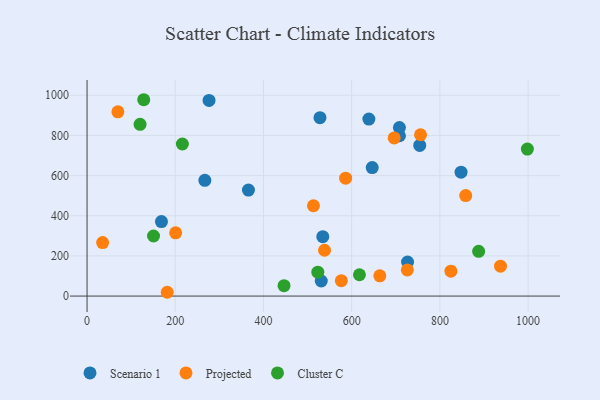
{"axis": {"x": "Distance", "y": "Exam Score"}, "legend": ["Cluster C", "Projected", "Scenario 1"], "data": [{"x": "639.0", "y": 881.3, "type": "Scenario 1"}, {"x": "168.7", "y": 370.9, "type": "Scenario 1"}, {"x": "708.4", "y": 798.6, "type": "Scenario 1"}, {"x": "726.7", "y": 169.7, "type": "Scenario 1"}, {"x": "708.3", "y": 839.5, "type": "Scenario 1"}, {"x": "848.0", "y": 617.1, "type": "Scenario 1"}, {"x": "754.3", "y": 750.5, "type": "Scenario 1"}, {"x": "646.6", "y": 640.2, "type": "Scenario 1"}, {"x": "531.1", "y": 75.0, "type": "Scenario 1"}, {"x": "365.9", "y": 528.1, "type": "Scenario 1"}, {"x": "276.6", "y": 974.4, "type": "Scenario 1"}, {"x": "528.1", "y": 888.6, "type": "Scenario 1"}, {"x": "534.5", "y": 295.6, "type": "Scenario 1"}, {"x": "267.1", "y": 576.6, "type": "Scenario 1"}, {"x": "663.8", "y": 101.0, "type": "Projected"}, {"x": "69.9", "y": 917.5, "type": "Projected"}, {"x": "538.5", "y": 228.3, "type": "Projected"}, {"x": "200.9", "y": 315.1, "type": "Projected"}, {"x": "696.4", "y": 787.4, "type": "Projected"}, {"x": "35.3", "y": 266.5, "type": "Projected"}, {"x": "825.0", "y": 123.9, "type": "Projected"}, {"x": "586.3", "y": 587.1, "type": "Projected"}, {"x": "756.1", "y": 803.5, "type": "Projected"}, {"x": "513.3", "y": 449.9, "type": "Projected"}, {"x": "726.2", "y": 130.3, "type": "Projected"}, {"x": "937.5", "y": 148.9, "type": "Projected"}, {"x": "858.6", "y": 500.5, "type": "Projected"}, {"x": "576.6", "y": 76.6, "type": "Projected"}, {"x": "181.8", "y": 18.9, "type": "Projected"}, {"x": "128.5", "y": 977.9, "type": "Cluster C"}, {"x": "150.7", "y": 299.3, "type": "Cluster C"}, {"x": "617.6", "y": 106.1, "type": "Cluster C"}, {"x": "523.2", "y": 119.1, "type": "Cluster C"}, {"x": "446.6", "y": 51.8, "type": "Cluster C"}, {"x": "998.4", "y": 732.3, "type": "Cluster C"}, {"x": "216.1", "y": 757.5, "type": "Cluster C"}, {"x": "120.2", "y": 855.4, "type": "Cluster C"}, {"x": "887.9", "y": 223.1, "type": "Cluster C"}]}